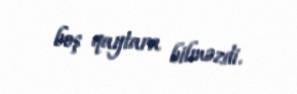
boş qaytara bilməzdi.